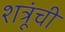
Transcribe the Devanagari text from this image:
शत्रूंची